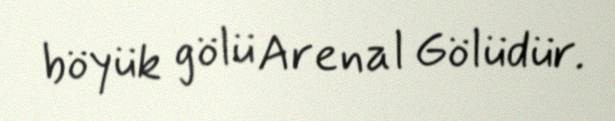
böyük gölü Arenal Gölüdür.